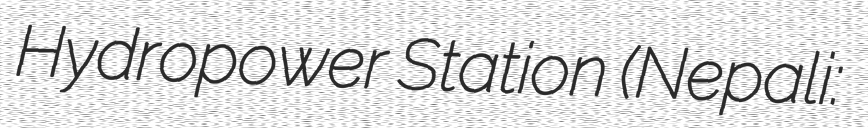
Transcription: Hydropower Station (Nepali:मध्य मर्स्याङ्दी